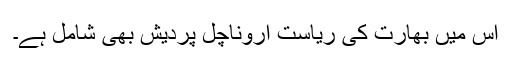
اس میں بھارت کی ریاست اروناچل پردیش بھی شامل ہے۔